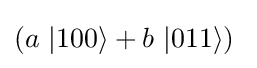
(a\ |100\rangle +b\ |011\rangle )\